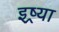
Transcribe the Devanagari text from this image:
इष्र्या